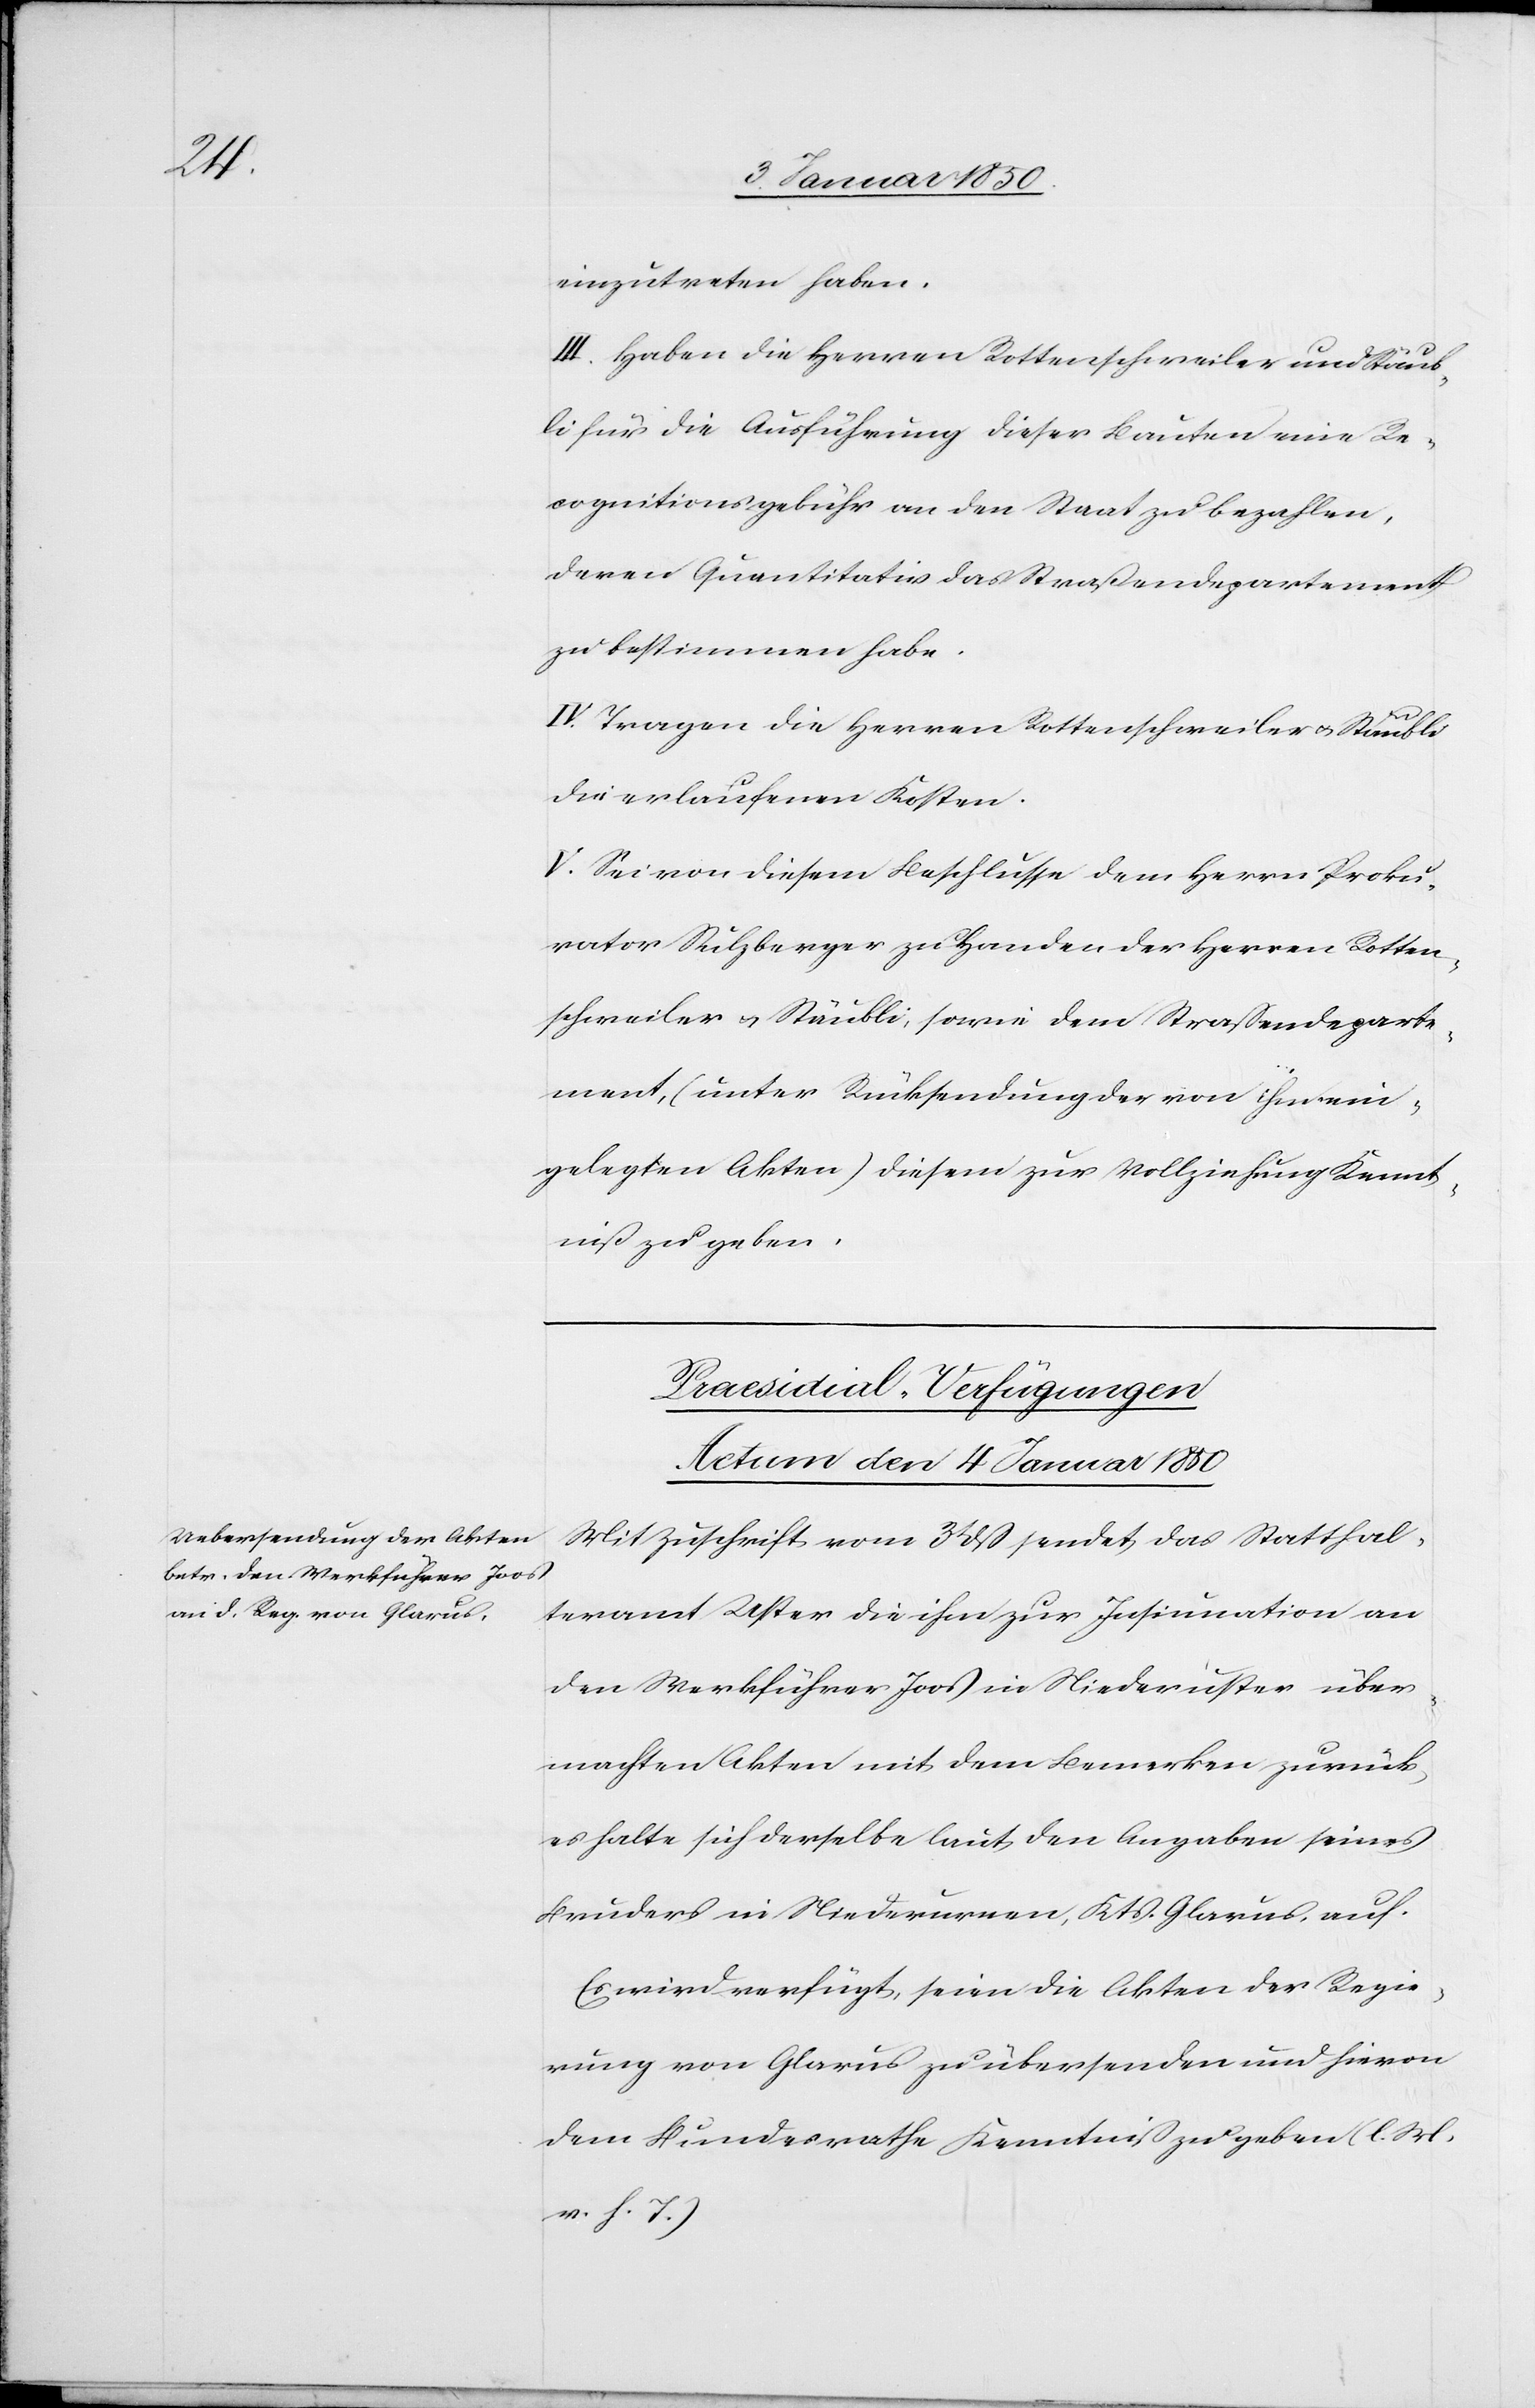
einzutreten haben.
III. Haben die Herren Rottenschweiler und Stäub¬
li für die Ausführung dieser Bauten eine Re¬
cognitionsgebühr an den Staat zu bezahlen,
deren Quantitativ das Straßendepartement
zu bestimmen habe.
IV. Tragen die Herren Rottenschweiler u. Stäubli
die erlaufenen Kosten.
V. Sei von diesem Beschlusse dem Herrn Proku¬
rator Sulzberger zu Handen der Herrn Rotten¬
schweiler u. Stäubli, sowie dem Straßendeparte¬
ment, (unter Rücksendung der von ihm ein¬
gelegten Akten) diesem zur Vollziehung Kennt¬
niß zu geben.
Praesidial-Verfügungen
Actum den 4 Januar 1850
Mit Zuschrift vom 3t dß sendet das Statthal¬
teramt Uster die ihm zur Insinuation an
den Werkführer Joos in Niederuster über¬
machten Akten mit dem Bemerken zurück,
es halte sich derselbe laut den Angaben seines
Bruders in Niederurnen, Kts. Glarus, auf.
Es wird verfügt, seien die Akten der Regie¬
rung von Glarus zu übersenden und hievon
dem Bundesrathe Kenntniß zu geben (l. M.
v. h. T.)